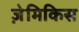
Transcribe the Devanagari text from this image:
ज़ेमिकिस